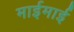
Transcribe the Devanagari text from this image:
माईमाई